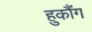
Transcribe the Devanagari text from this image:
हुकौंग